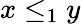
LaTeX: x\leq_{1}y